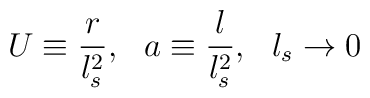
U \equiv \frac{r}{l_s^2},\ \ a \equiv \frac{l}{l_s^2},\ \  l_s \rightarrow 0